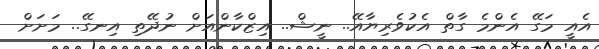
އެއީ މަގޭ އެންމެ ގާތް އެކުވެރިޔާއޭ.. ނީޝް.. އިޒްކާންއަށް ނުދޭތި އިނގޭ.. މަށަށް